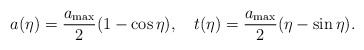
\begin{align*}a(\eta) = \frac{a_{\rm max}}{2} ( 1 - \cos \eta ),~~~t(\eta) = \frac{a_{\rm max}}{2} ( \eta - \sin \eta ).\end{align*}